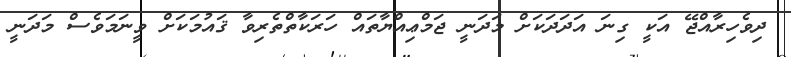
ދިވެހިރާއްޖޭ އަކީ ގިނަ އަދަދަކަށް މަދަނީ ޖަމްޢިއްޔާތައް ހަރަކާތްތެރިވާ ޤައުމަކަށް ވީނަމަވެސް މަދަނީ